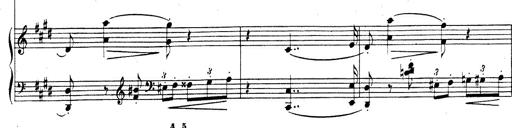
Title: Rhapsodie espagnole
Composer: Franz Liszt